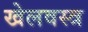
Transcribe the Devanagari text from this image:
खेलवस्त्र